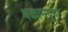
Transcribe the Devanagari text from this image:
थकानपूर्ण